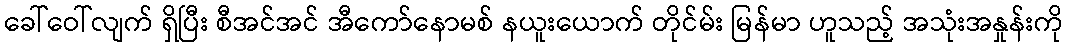
ခေါ်ဝေါ်လျက် ရှိပြီး စီအင်အင် အီကော်နောမစ် နယူးယောက် တိုင်မ်း မြန်မာ ဟူသည့် အသုံးအနှုန်းကို